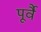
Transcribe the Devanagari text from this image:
पूर्वै